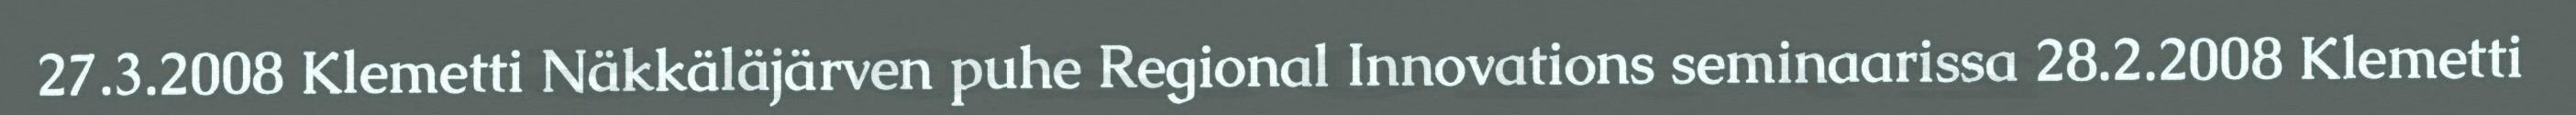
27.3.2008 Klemetti Näkkäläjärven puhe Regional Innovations seminaarissa 28.2.2008 Klemetti